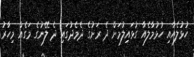
ހުޅުލެއާއި ހުޅުމާލެއާ ގުޅައިލުމަށް ދެ ރަށުގެ ދެމެދުގައި ދެ ލޭނުގެ މަގެއް މިހާރު